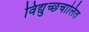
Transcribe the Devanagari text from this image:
विद्युच्छचालित